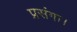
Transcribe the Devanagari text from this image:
प्रसंगा।